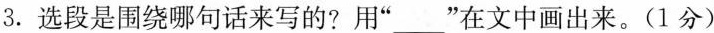
3. 选段是围绕哪句话来写的?用“___”在文中画出来。(1分)